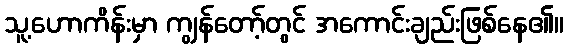
သူ့ဟောကိန်းမှာ ကျွန်တော့်တွင် အကောင်းချည်းဖြစ်နေ၏။